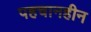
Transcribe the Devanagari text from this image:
पहचानहीन